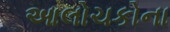
આલોચકોના